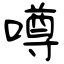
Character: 噂